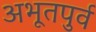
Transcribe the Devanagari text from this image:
अभूतपुर्व